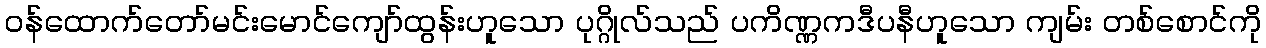
ဝန်ထောက်တော်မင်းမောင်ကျော်ထွန်းဟူသော ပုဂ္ဂိုလ်သည် ပကိဏ္ဏကဒီပနီဟူသော ကျမ်း တစ်စောင်ကို